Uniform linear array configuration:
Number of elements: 32
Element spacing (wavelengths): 0.25
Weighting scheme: cosine
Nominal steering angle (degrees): -30
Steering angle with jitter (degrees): -30.098
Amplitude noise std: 0.05
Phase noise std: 0.05

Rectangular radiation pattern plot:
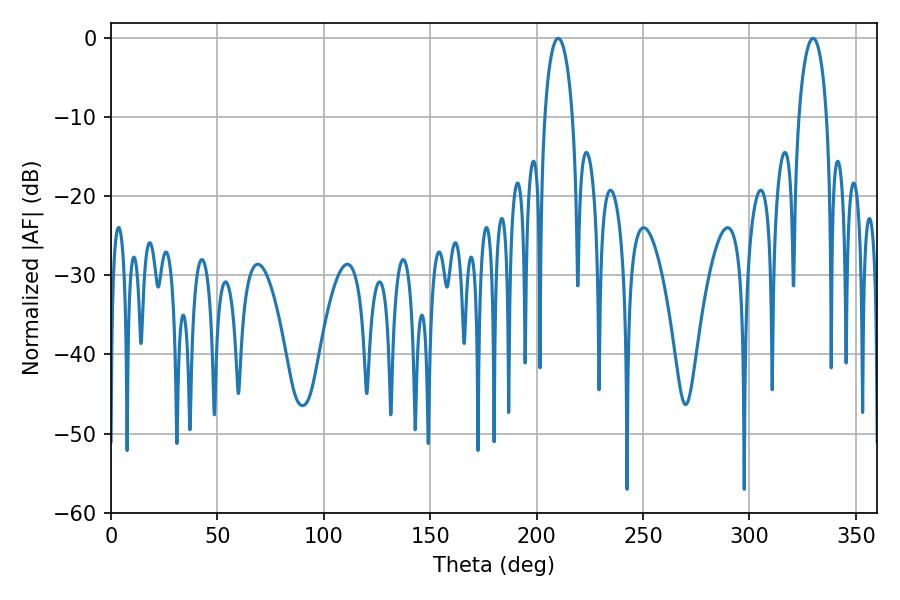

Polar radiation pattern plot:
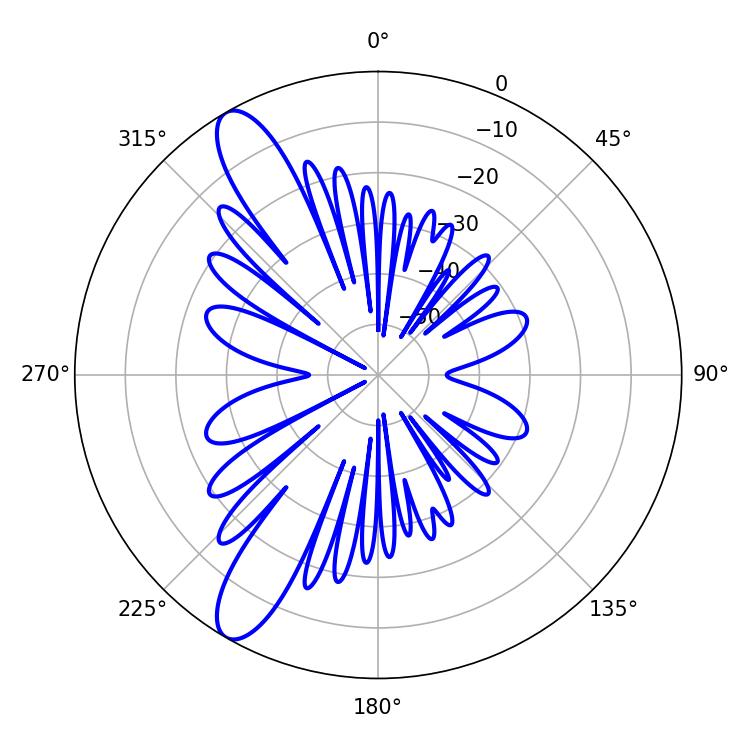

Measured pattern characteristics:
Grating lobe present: FALSE
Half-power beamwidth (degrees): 7.38
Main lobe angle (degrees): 210.06